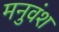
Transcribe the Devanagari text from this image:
मनुवंश